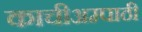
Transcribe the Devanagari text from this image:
काचीअम्पाठी